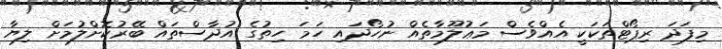
މިފަދަ ރިޕޯޓްތަކަކީ އެއްވެސް މަޢުލޫމާތެއް ނުހޯދައި ހަމަ ހިތުގެ އުދާސްތައް ބޭރުކޮށްލުމަށް ލިޔާ